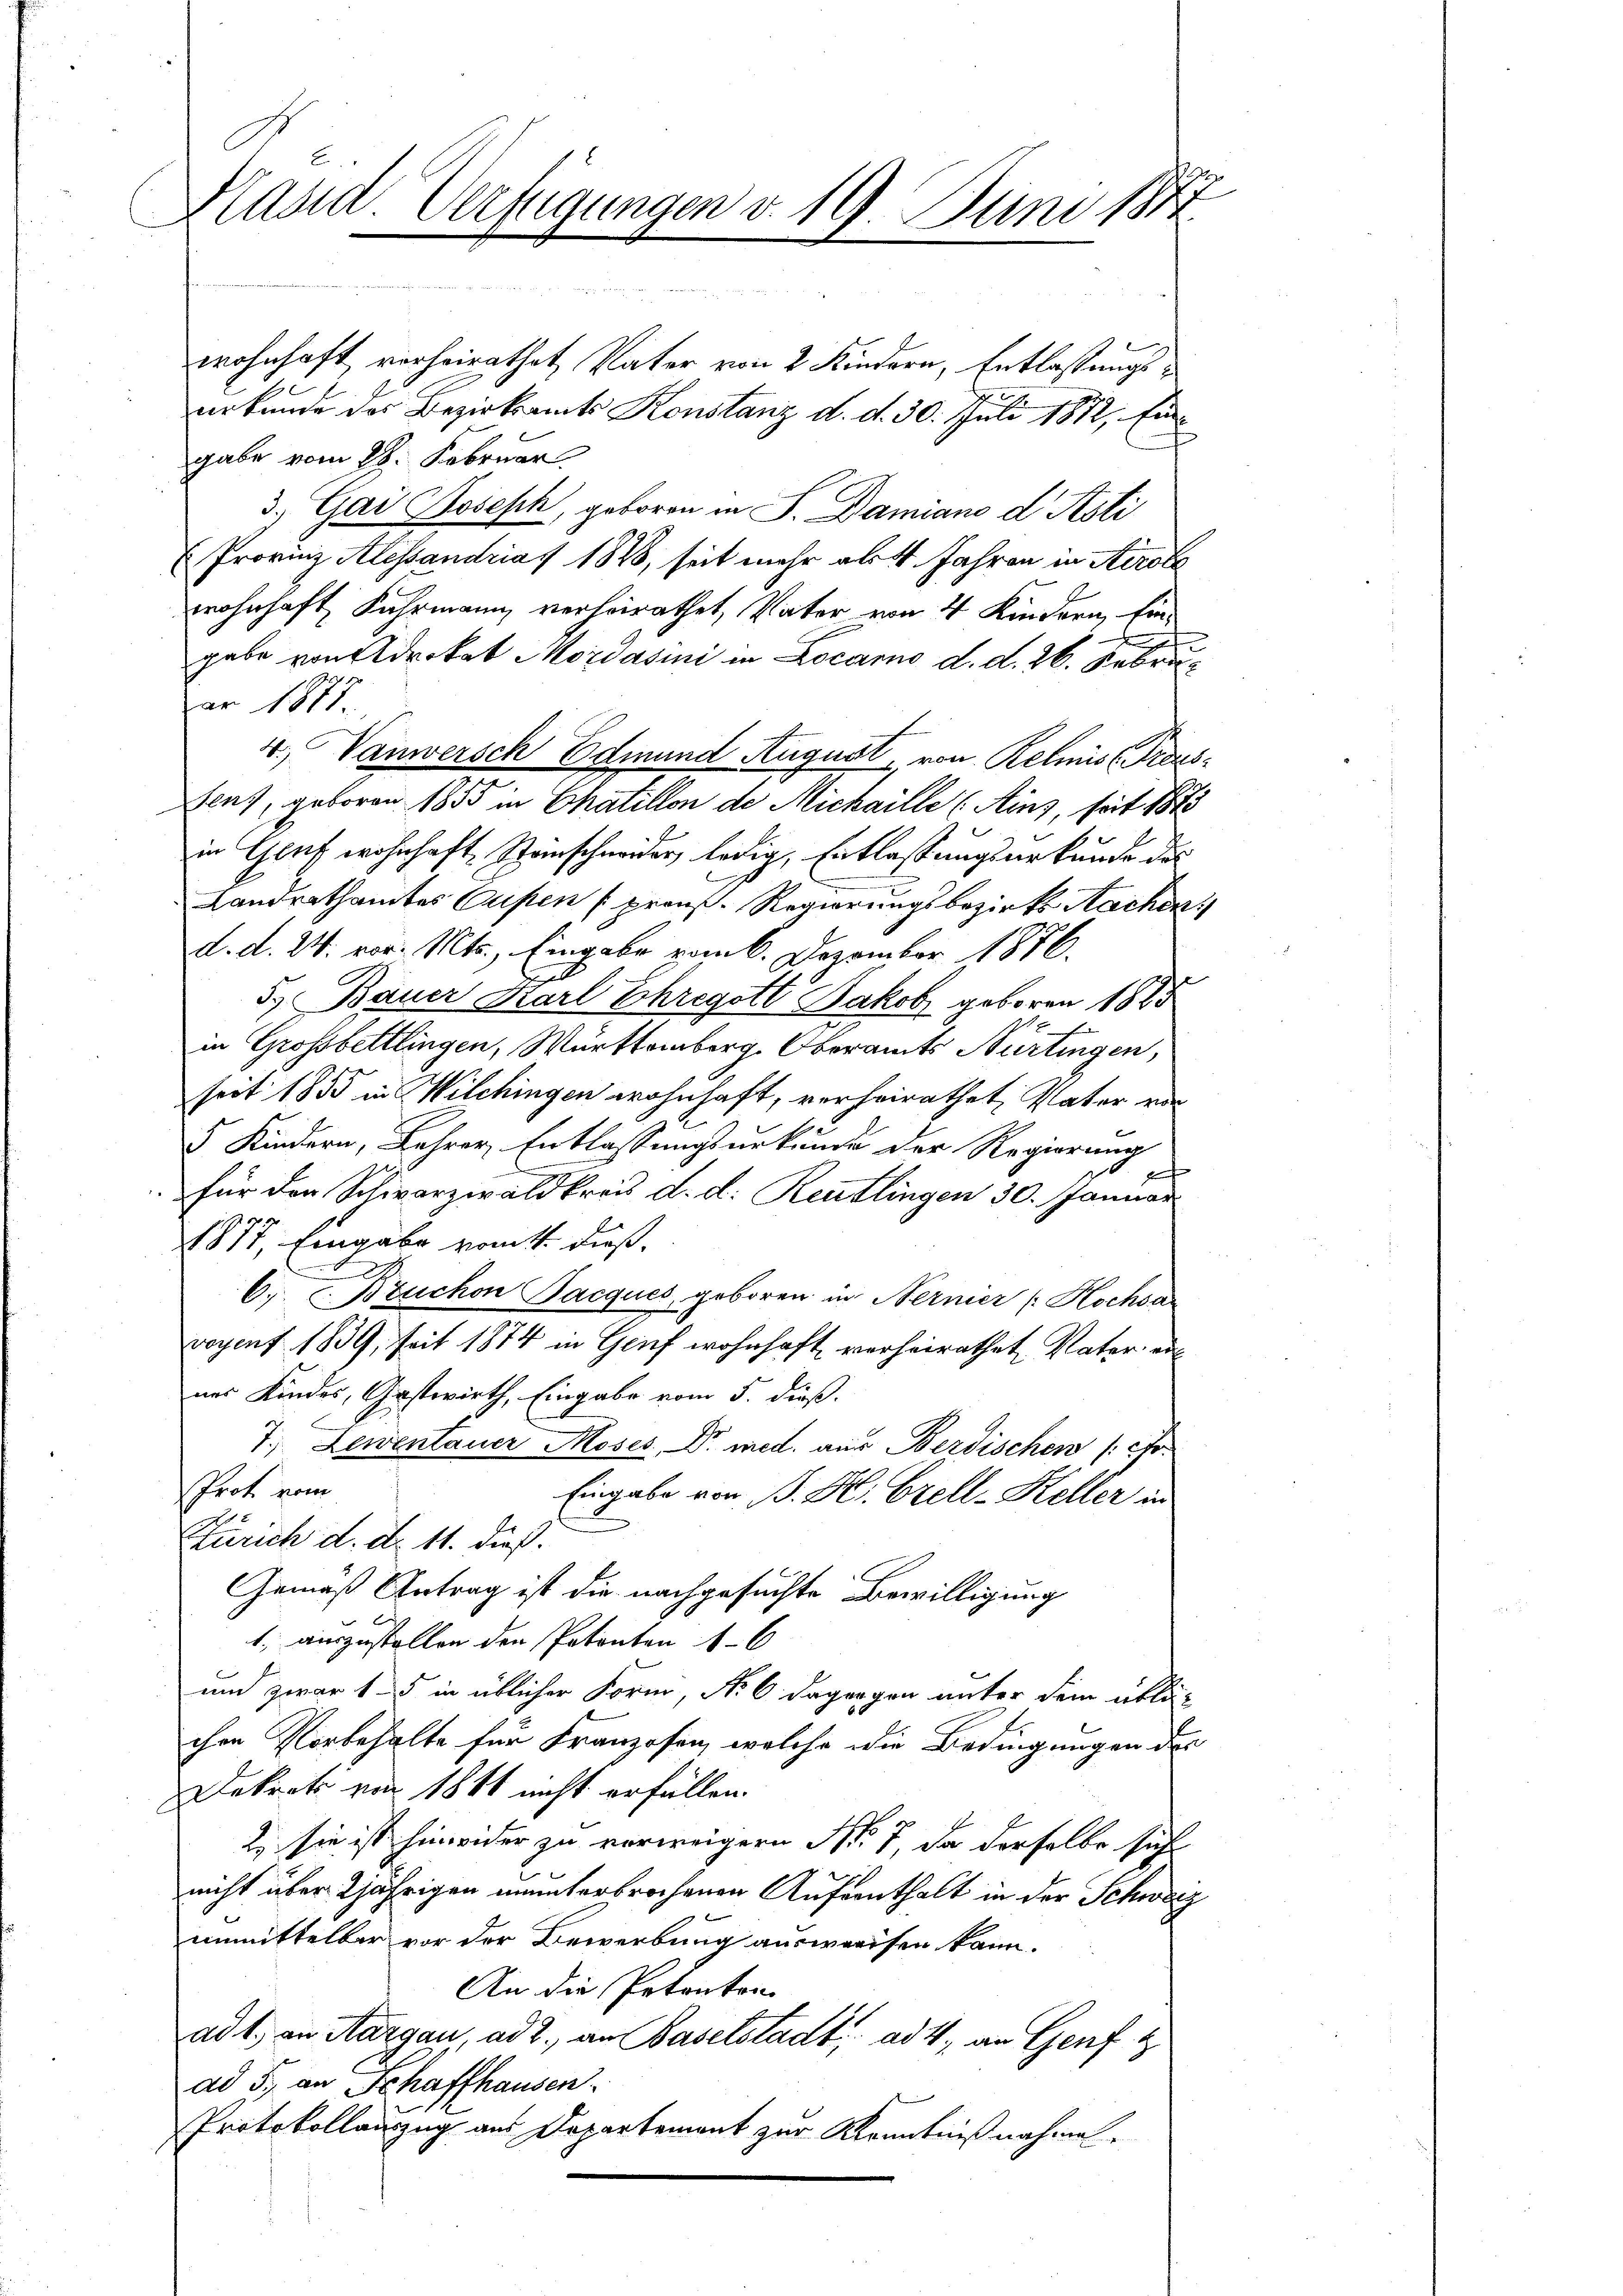
E
Hand. Verfügungen d. 19. Juni 184

wohnhaft, verheirathet, Vater von 2 Kindern, Entlassungsurkunde das Bezirksamts Konstanz d. d. 30. Juli 1872, Eingabe vom 28. Februar
3) Gai Joseph, geboren in S. Damiano d Asti
Provinz Alessandriat 1848, seit mehr als 4 Jahren in Airole
wohnhaft Fuhrmann verheirathet, Vater von 4 Kindern, Ein
x
gabe von Advokat Mordasini in Locarno d. d. 26. Februar 1871
4., Vanwersch Edmund August von Relmisl raushat, geboren 1855 in Chatillon de Michaille (Ainz, seit 1873
in Gut wohnhaft Stanschneider, ledig, Entlassungsurkunde des
Landrathamtes Cupen preuß. Regierungsbezirks Sachen
d. d. 24. vor. Mts. Eingabe vom 6. Dezember 1876.
5.) Bauer Karl Ehregott Jakob geboren 1885
in Grossbettlingen, Württemberg. Oberamts Nürtingen,
seit 1855 in Wilchingen wohnhaft, verheirathet, Vater von
5 Kindern, Lehrer Entlassungsurkunde der Regierung
d
für den Schwarzwaldkreis d. d. Reutlingen 30. Januar
1877, Eingabe vom 4. dieß,
6. Bruchen Jacques, geboren in Nernier Hochsan
voyent 1839, seit 1874 in Genf wohnhaft verheirathet Vater erl
nes Kindes, Gastwirth, Eingabe vom 5. dieß.
E
7. Zeventaner Moses Dr. med. aus Berdischen (cto.
Prot vom
Eingabe von B. H. Grell-Keller in
Zürich d. d. 11. dieß.
Gemäß Antrag ist die nachgesuchte Bewilligung
1., auszustellen den Patenten 16
und zwar 15 in üblicher Form, No 6 dagegen unter dem übli
chen Vorbehalte für Franzosen, welche die Bedingungen des
Dekret von 1811 nicht erfüllen.
2. sie ist hinwider zu verweigern Nr. 7, da derselbe sich
nicht über 2jährigen ununterbrochenen Aufenthalt in der Schwarz
unmittelbar vor der Bewerbung ausweisen kann.
An die Petenton
ad 1. an Margau ad 2., an Baselstadt, ad 4, an Genf z
ad 5. an Schaffhausen
Protokollanzug aus Departement zur Kenntnißnahme.